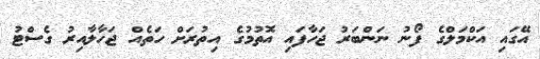
އޭގައި އަކްމަލްގެ ފޯނު ނަންބަރު ޖަހާފައި އޮތުމުގެ އިތުރަށް ހަތެއް ޖަހާލާއިރު ގެސްޓު